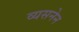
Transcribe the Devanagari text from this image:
व्यसनेन